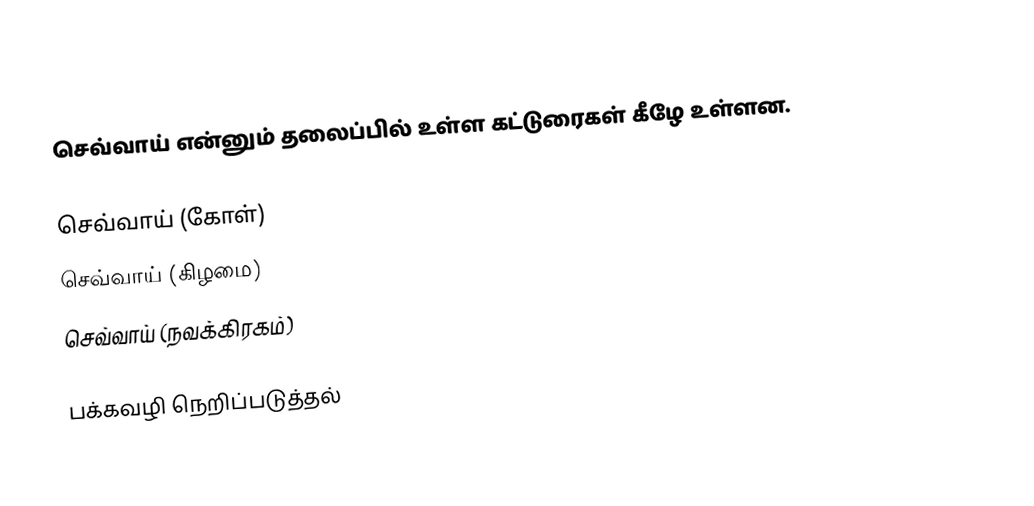
செவ்வாய் என்னும் தலைப்பில் உள்ள கட்டுரைகள் கீழே உள்ளன.

செவ்வாய் (கோள்)
செவ்வாய் (கிழமை)
செவ்வாய் (நவக்கிரகம்)

பக்கவழி நெறிப்படுத்தல்